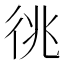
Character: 𢓝